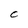
Character: C